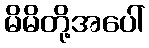
မိမိတို့အပေါ်